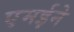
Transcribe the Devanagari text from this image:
एमईने